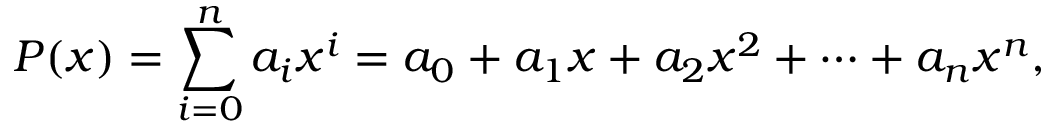
P ( x ) = \sum _ { i = 0 } ^ { n } { a _ { i } x ^ { i } } = a _ { 0 } + a _ { 1 } x + a _ { 2 } x ^ { 2 } + \cdots + a _ { n } x ^ { n } ,